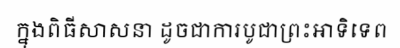
ក្នុងពិធីសាសនា ដូចជាការបូជាព្រះអាទិទេព